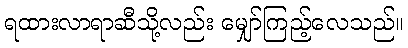
ရထားလာရာဆီသို့လည်း မျှော်ကြည့်လေသည်။